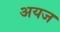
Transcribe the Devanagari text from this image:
अयज